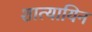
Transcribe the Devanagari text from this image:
शात्यायिन